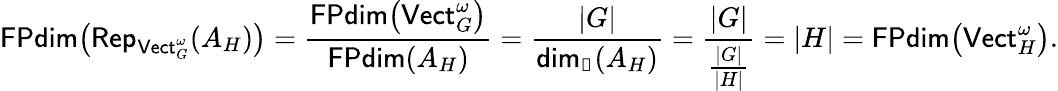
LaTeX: \mathsf{FPdim}\big(\mathsf{Rep}_{\mathsf{Vect}_{G}^{\omega}}(A_{H})\big)=\frac{\mathsf{FPdim}\big(\mathsf{Vect}_{G}^{\omega}\big)}{\mathsf{FPdim}(A_{H})}=\frac{|G|}{\mathsf{dim}_{\Bbbk}(A_{H})}=\frac{|G|}{\frac{|G|}{|H|}}=|H|=\mathsf{FPdim}\big(\mathsf{Vect}_{H}^{\omega}\big).